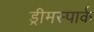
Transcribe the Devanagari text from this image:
ड्रीमस्पार्क